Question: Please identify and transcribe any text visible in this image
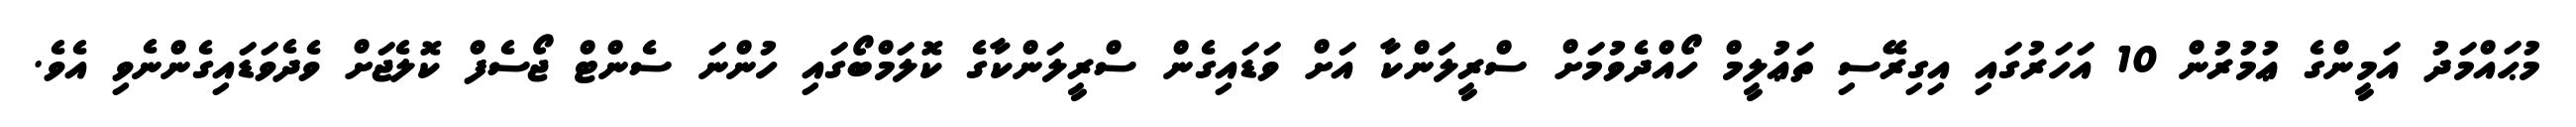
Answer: މުޙައްމަދު އަމީންގެ ޢުމުރުން 10 އަހަރުގައި އިގިރޭސި ތަޢުލީމް ހޯއްދެވުމަށް ސްރީލަންކާ އަށް ވަޑައިގެން ސްރީލަންކާގެ ކޮލަމްބޯގައި ހުންނަ ސެންޓް ޖޯސެފް ކޮލެޖަށް ވެދެވަޑައިގެންނެވި އެވެ.